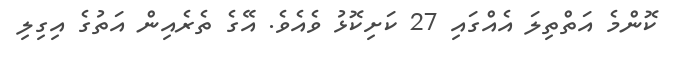
ކޮންމެ އަތްތިލަ އެއްގައި 27 ކަށިކޮޅު ވެއެވެ. އޭގެ ތެރެއިން އަތުގެ އިގިލި